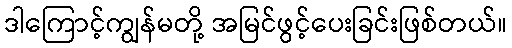
ဒါကြောင့်ကျွန်မတို့ အမြင်ဖွင့်ပေးခြင်းဖြစ်တယ်။